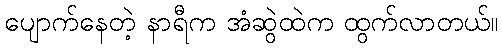
ပျောက်နေတဲ့ နာရီက အံဆွဲထဲက ထွက်လာတယ်။